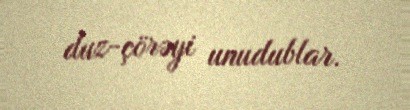
duz-çörəyi unudublar.